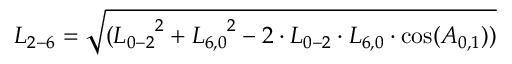
{ L _ { 2 - 6 } } = \sqrt { ( { L _ { 0 - 2 } } ^ { 2 } + { L _ { 6 , 0 } } ^ { 2 } - 2 \cdot { L _ { 0 - 2 } } \cdot { L _ { 6 , 0 } } \cdot \cos ( { A _ { 0 , 1 } } ) ) }